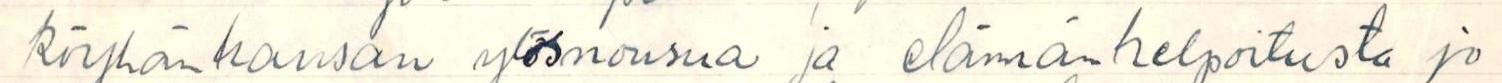
köyhän kansan ylösnousua ja elämän helpoitusta jo